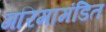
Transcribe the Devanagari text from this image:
गरिमामंडित